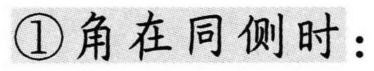
\textcircled{1}角在同侧时：